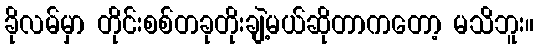
ခိုလမ်မှာ တိုင်းစစ်တခုတိုးချဲ့မယ်ဆိုတာကတော့ မသိဘူး။